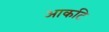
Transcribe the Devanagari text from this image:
आकटि